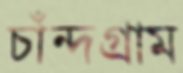
চাঁন্দগ্রাম